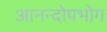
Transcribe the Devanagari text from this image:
आनन्दोपभोग